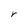
Character: r